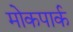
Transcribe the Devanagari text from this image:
मोकपार्क